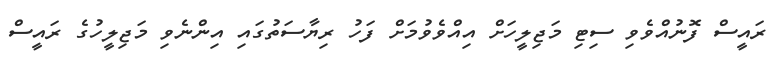
ރައީސް ފޮނުއްވެވި ސިޓި މަޖިލީހަށް އިއްވެވުމަށް ފަހު ރިޔާސަތުގައި އިންނެވި މަޖިލީހުގެ ރައީސް